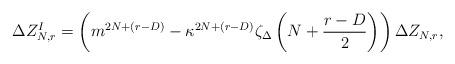
LaTeX: \begin{align*} \Delta Z_{N,r}^{I}=\left(m^{2N+(r-D)}-\kappa^{2N+(r-D)}\zeta_\Delta \left(N+\frac{r-D}{2}\right)\right)\Delta Z_{N,r},\end{align*}